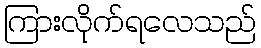
ကြားလိုက်ရလေသည်